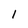
Character: l